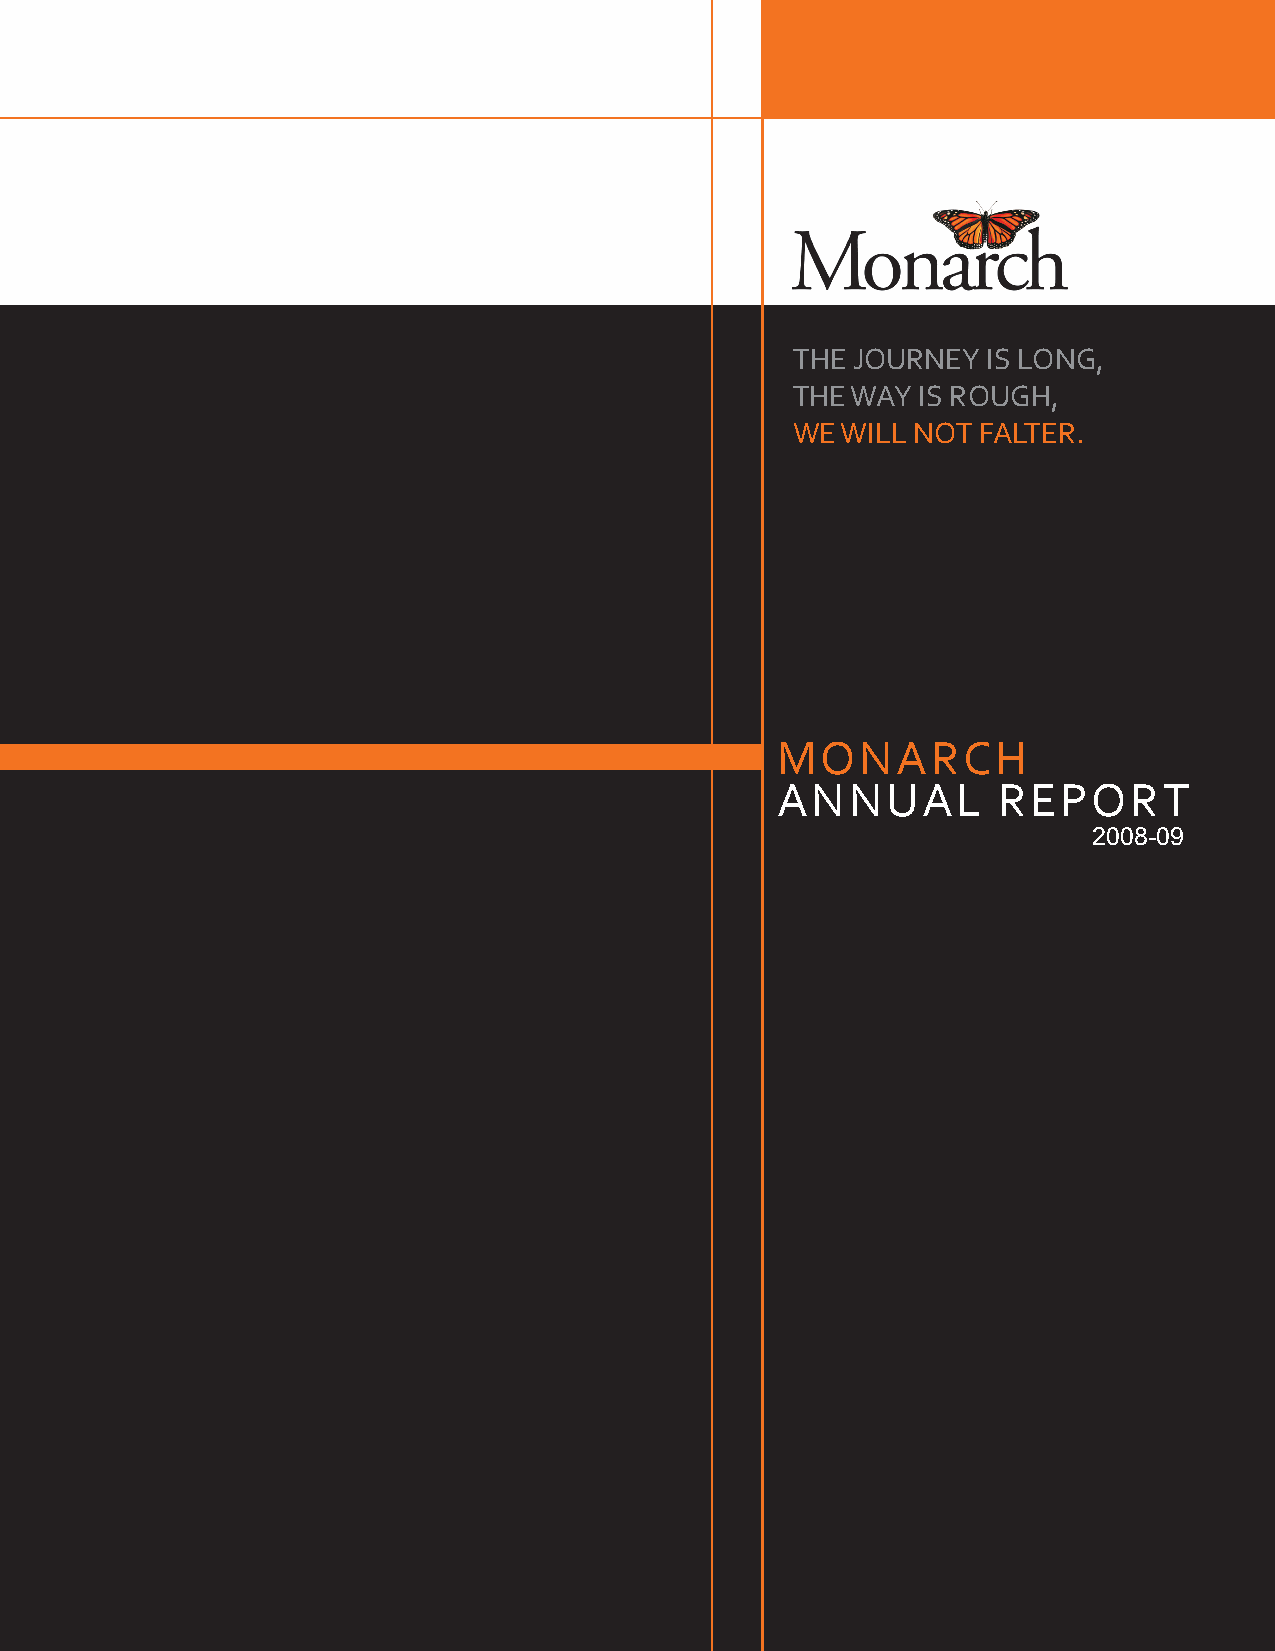
THE JOURNEY  IS LONG,
 THE WAY  IS ROUGH,
 WE  WILL NOT FALTER.
 MONARCH
 ANNUAL         REPORT
 2008-09